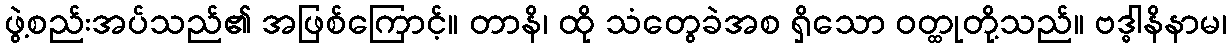
ဖွဲ့စည်းအပ်သည်၏ အဖြစ်ကြောင့်။ တာနိ၊ ထို သံတွေခဲအစ ရှိသော ဝတ္ထုတို့သည်။ ဗဒ္ဓါနိနာမ၊